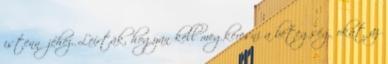
istennőjéhez. Leírták, hogyan kell megkeresni a betegség okát az